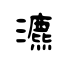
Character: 瀌